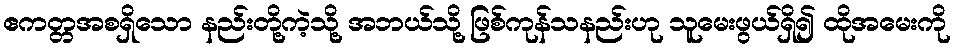
ဧကတ္တအစရှိသော နည်းတို့ကဲ့သို့ အဘယ်သို့ ဖြစ်ကုန်သနည်းဟု သူမေးဖွယ်ရှိ၍ ထိုအမေးကို